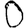
Digit: 0